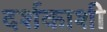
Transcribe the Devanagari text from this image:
दर्शकाशी